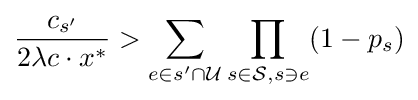
{\frac {c_{s'}}{2\lambda c\cdot x^{*}}}>\sum _{e\in s'\cap {\mathcal {U}}}\prod _{s\in {\mathcal {S}},s\ni e}(1-p_{s})